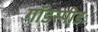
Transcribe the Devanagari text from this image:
गॉडस्पीडः